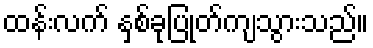
ထန်းလက် နှစ်ခုပြုတ်ကျသွားသည်။